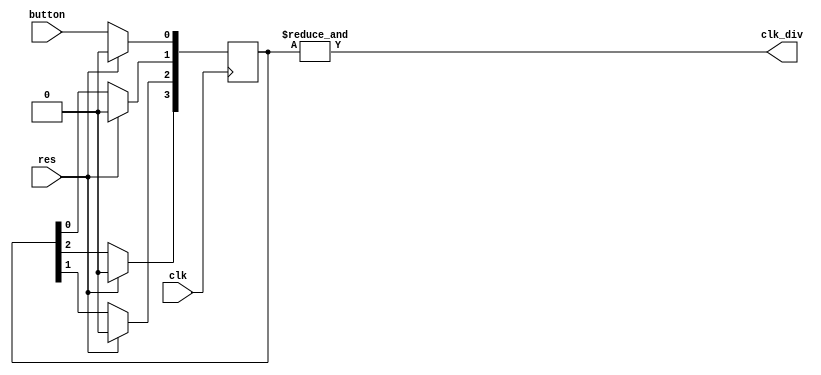
module clk_gen(
		input wire				button,
		input wire				clk,
		input wire				res,
		output wire				clk_div
    );

	reg [3 : 0] ripple;
	assign clk_div = &ripple;
	
	always @(posedge clk) begin
		if(res)
			ripple <= 4'b0;
		else begin
			ripple[0] <= button;
			ripple[1] <= ripple[0];
			ripple[2] <= ripple[1];
			ripple[3] <= ripple[2];
		end
	end
endmodule